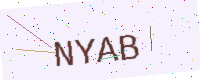
Text: NYAB